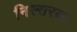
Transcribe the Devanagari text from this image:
निस्सरता